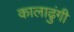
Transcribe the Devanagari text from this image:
कालाढुंगी